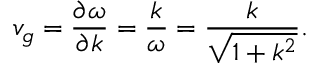
v _ { g } = \frac { \partial \omega } { \partial k } = \frac { k } { \omega } = \frac { k } { \sqrt { 1 + k ^ { 2 } } } .